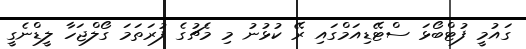
ގައުމީ ފުޓްބޯޅަ ސްޓޭޑިއަމްގައި ރޭ ކުޅުނު މި މެޗުގެ ފުރަތަމަ ގޯލްޖަހާ ލީޑްނެގީ